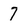
Character: 7